Civil Veterinary Department. Madras. Admin. report 1926-33 - 1926-1933
Year: 1926
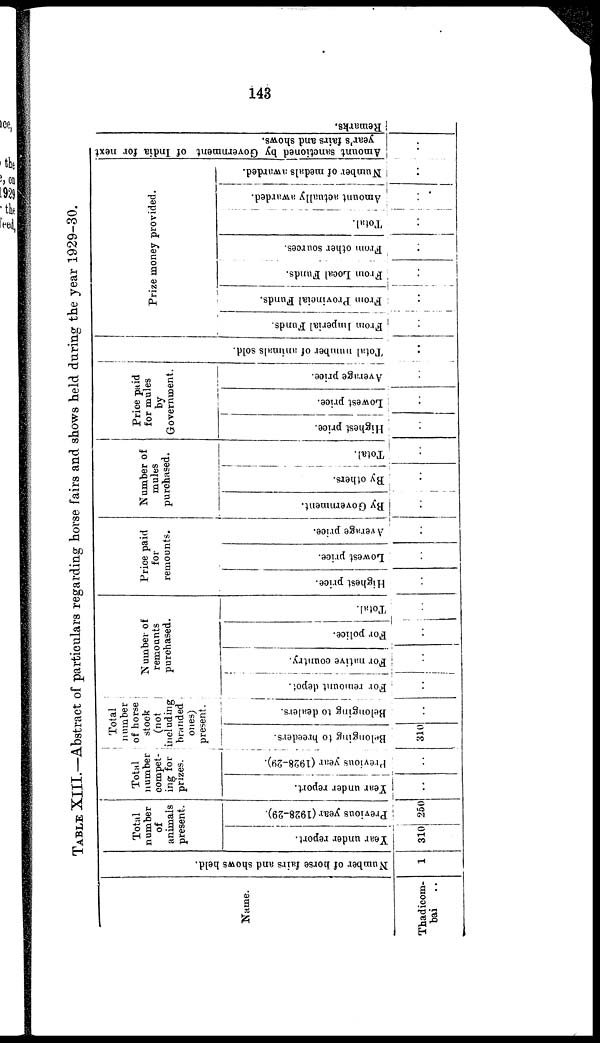
143
TABLE XIII.—Abstract of particulars regarding horse fairs and shows held during the year 1929-30.
Name.
Thadicom-
bai ..
Number of horse fairs and shows held.
1
Total
number
of
animals
present.
Year under report.
310
Previous year (1928-29).
250
Total
number
compet-
ing for
prizes.
Year under report.
..
Previous year (1928-29).
..
Total
number
of horse
stock
(not
including
branded
ones)
present.
Belonging to breeders.
310
Belonging to dealers.
..
Number of
remounts
purchased.
For remount depot.
..
For native country.
..
For police.
..
Total.
..
Price paid
for
remounts.
Highest price.
..
Lowest price.
..
Average price.
..
Number of
mules
purchased.
By Government.
..
By others.
..
Total.
..
Price paid
for mules
by
Government.
Highest price.
..
Lowest price.
..
Average price.
..
Tot al number of animals sold.
..
Prize money provided.
From imperial Funds.
..
From Provincial Funds.
..
From Local Funds.
..
From other sources.
..
Tot al .
..
Amo u n t actually awarded.
Number of medals awarded.
..
Amount sanctioned by Government of India for next
year's fairs and shows.
..
Remarks.